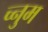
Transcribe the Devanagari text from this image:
च्नुम